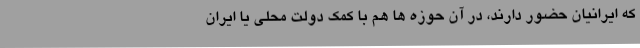
که ایرانیان حضور دارند، در آن حوزه ها هم با کمک دولت محلی یا ایران